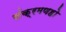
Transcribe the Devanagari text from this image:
संक्रमणहो